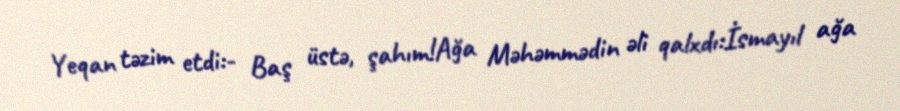
Yeqan təzim etdi:- Baş üstə, şahım!Ağa Məhəmmədin əli qalxdı:İsmayıl ağa